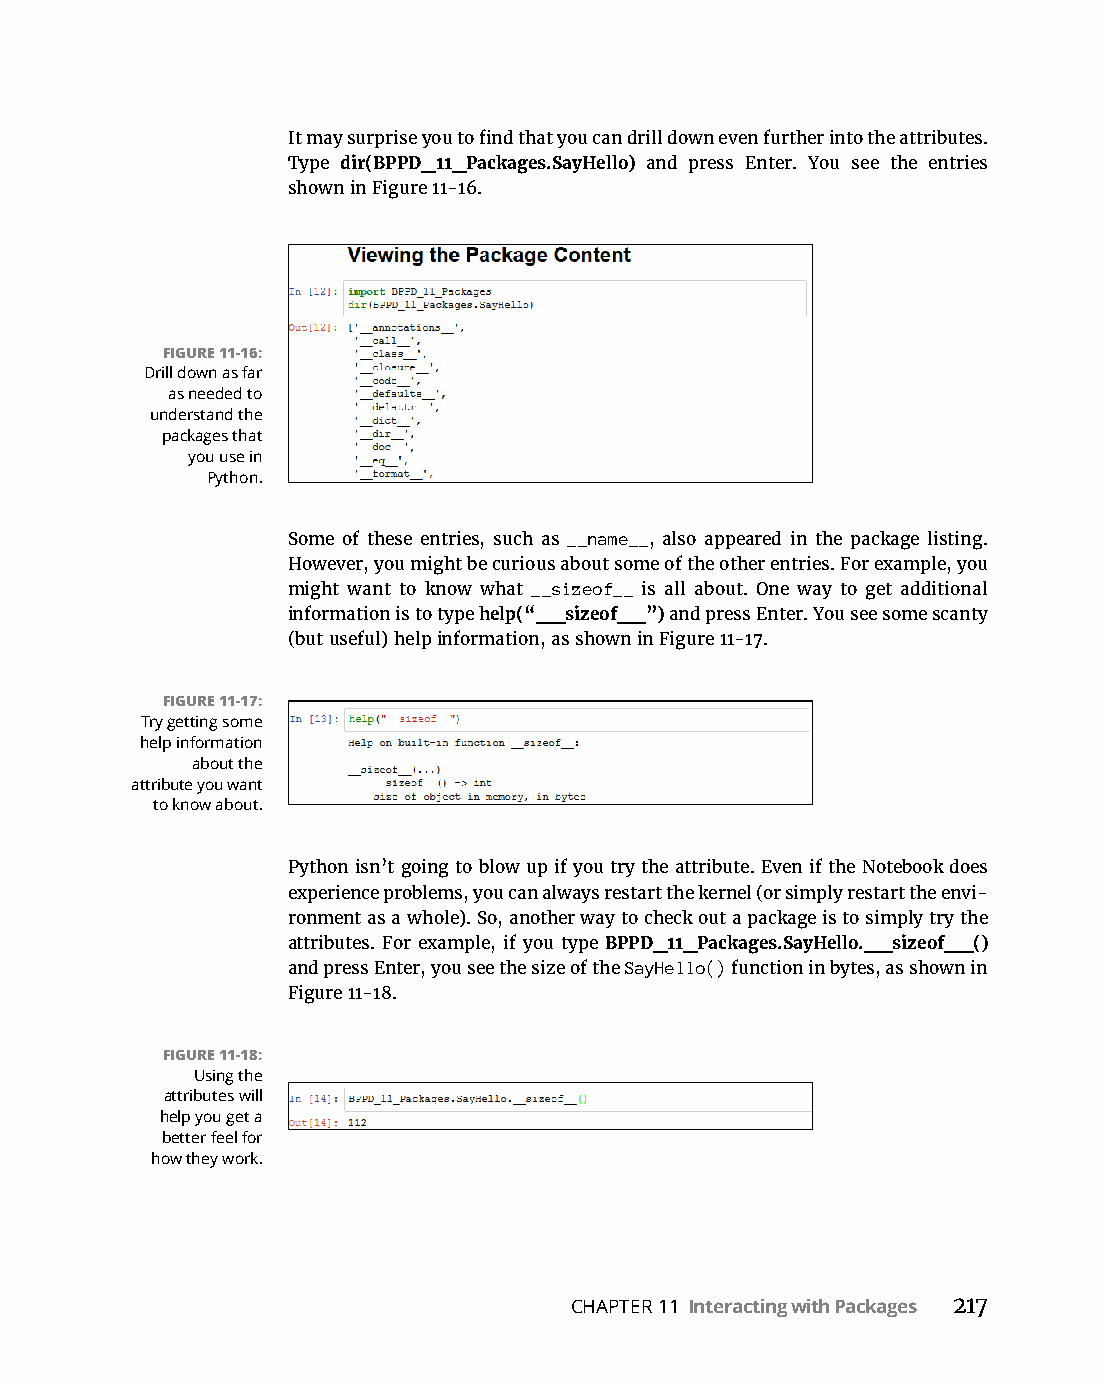
It­may­surprise­you­to­find­that­you­can­drill­down­even­further­into­the­attributes.­
 Type dir(BPPD_11_Packages.SayHello) and press Enter. You see the entries
 shown­in­Figure 11-16.
 FIGURE 11-16:
 Drill down as far
 as needed to
 understand the
 packages that
 you use in
 Python.
 Some of these entries, such as __name__, also appeared in the package listing.
 However,­you­might­be­curious­about­some­of­the­other­entries.­For­example,­you­
 might want to know what __sizeof__ is all about. One way to get additional
 information is to type help(“__sizeof__”) and press Enter. You see some scanty
 (but­useful)­help­information,­as­shown­in­Figure 11-17.
 FIGURE 11-17:
 Try getting some
 help information
 about the
 attribute you want
 to know about.
 Python­isn’t­going­to­blow­up­if­you­try­the­attribute.­Even­if­the­Notebook­does­
 experience problems, you can always restart the kernel (or simply restart the envi-
 ronment as a whole). So, another way to check out a package is to simply try the
 attributes. For example, if you type BPPD_11_Packages.SayHello.__sizeof__()
 and press Enter, you see the size of the SayHello() function in bytes, as shown in
 Figure 11-18.
 FIGURE 11-18:
 Using the
 attributes will
 help you get a
 better feel for
 how they work.
 CHAPTER 11 Interacting with Packages 217